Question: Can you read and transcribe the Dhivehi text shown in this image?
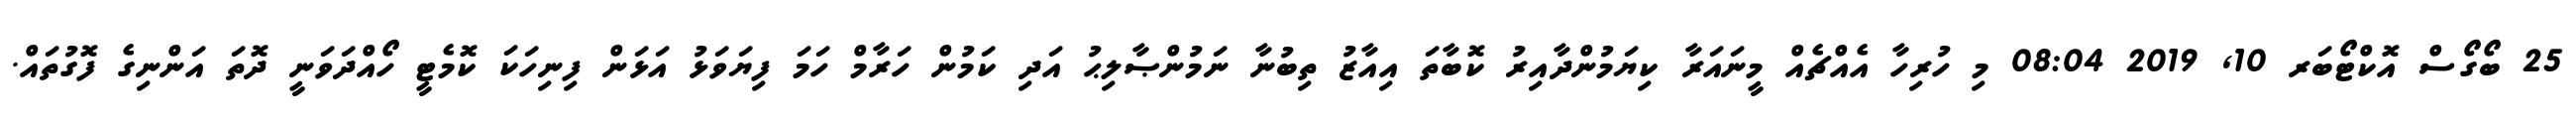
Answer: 25 ބޯގޯސް އޮކްޓޯބަރ 10, 2019 08:04 މި ހުރިހާ އެއްޗެއް މީނައަރާ ކިޔަމުންދާއިރު ކޮބާތަ އިއާޒު ތިބުނާ ނަމުންޞާލިޙު އަދި ކަމުން ހަރާމް ހަމަ ފިޔަވަޅު އަޅަން ފިނިހަކަ ކޮމެޓީ ހޯއްދަވަނީ ދޮތަ އަންނިގެ ފޮގުތައް.